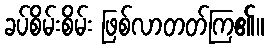
ခပ်စိမ်းစိမ်း ဖြစ်လာတတ်ကြ၏။